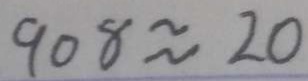
9 0 8 \approx 2 0